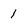
Character: 1